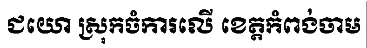
ជយោ ស្រុកចំការលើ ខេត្តកំពង់ចាម